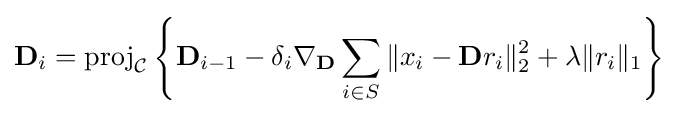
\mathbf {D} _{i}={\text{proj}}_{\mathcal {C}}\left\{\mathbf {D} _{i-1}-\delta _{i}\nabla _{\mathbf {D} }\sum _{i\in S}\|x_{i}-\mathbf {D} r_{i}\|_{2}^{2}+\lambda \|r_{i}\|_{1}\right\}